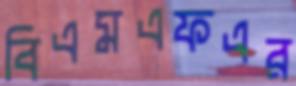
বিএমএফএর